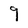
Character: q